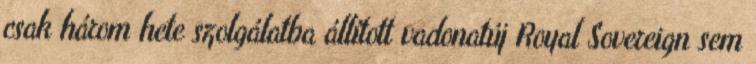
csak három hete szolgálatba állított vadonatúj Royal Sovereign sem